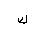
Letter: _kaf